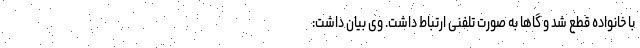
با خانواده قطع شد و گاهاً به صورت تلفنی ارتباط داشت. وی بیان داشت: